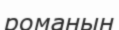
романын